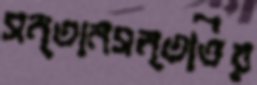
সন্তানসন্ততির